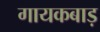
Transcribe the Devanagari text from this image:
गायकबाड़